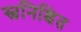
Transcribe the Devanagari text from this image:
स्वनिश्चित